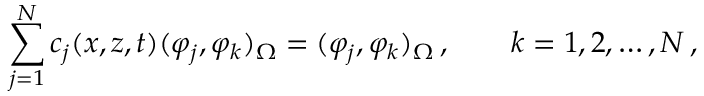
\sum _ { j = 1 } ^ { N } c _ { j } ( x , z , t ) ( \varphi _ { j } , \varphi _ { k } ) _ { \Omega } = ( \varphi _ { j } , \varphi _ { k } ) _ { \Omega } \, , \qquad k = 1 , 2 , \ldots , N \, ,